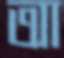
আ